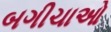
બગીચાઓ